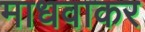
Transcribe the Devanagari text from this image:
माधवाकर